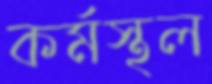
কর্মস্থল